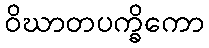
ဝိဃာတပက္ခိကော